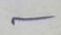
-